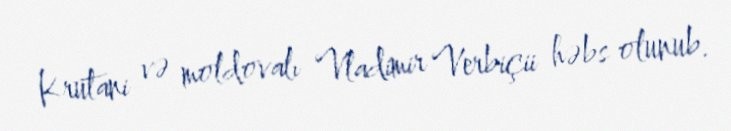
Krutani və moldovalı Vladimir Verbiçii həbs olunub.